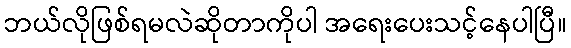
ဘယ်လိုဖြစ်ရမလဲဆိုတာကိုပါ အရေးပေးသင့်နေပါပြီ။